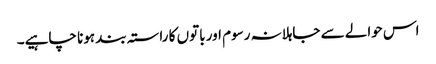
اس حوالے سے جاہلانہ رسوم اور باتوں کا راستہ بند ہونا چاہیے۔